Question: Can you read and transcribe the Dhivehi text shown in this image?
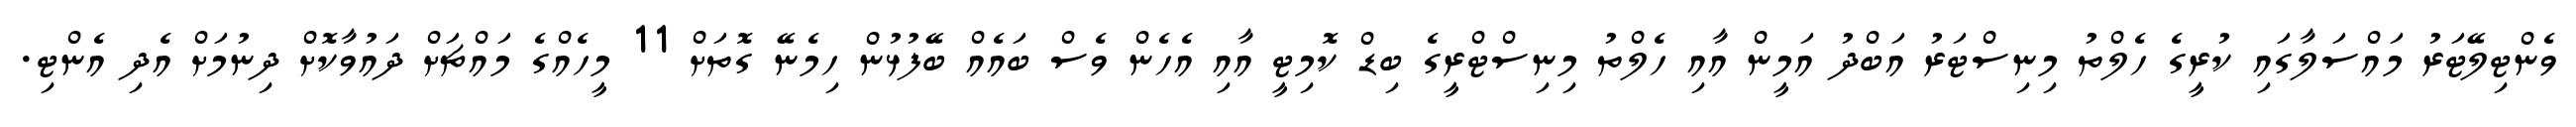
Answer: ވެންޓިލޭޓަރު މައްސަލާގައި ކުރީގެ ހެލްތު މިނިސްޓަރު އަބްދު އަމީން އާއި ހެލްތު މިނިސްޓްރީގެ ބިޑް ކޮމިޓީ އާއި އެހެން ވެސް ބައެއް ބޭފުޅުން ހިމެނޭ ގޮތަށް 11 މީހެއްގެ މައްޗަށް ދައުވާކޮށް ދިނުމަށް އެދި އެންޓި.